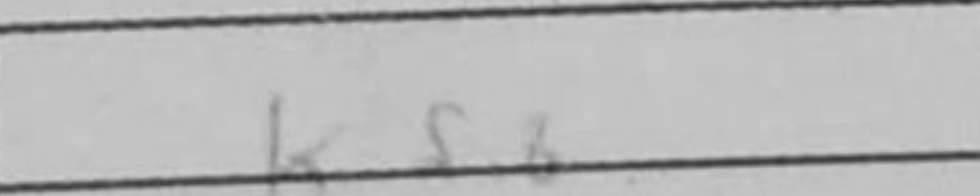
Transcription: Kf8